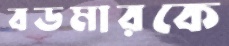
বডমারকে